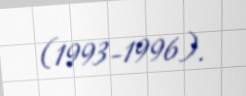
(1993-1996).